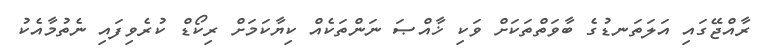
ރާއްޖޭގައި އަލަތަނޑުގެ ބާވަތްތަކަށް ވަކި ޚާއްޞަ ނަންތަކެއް ކިޔާކަމަށް ރިކޯޑް ކުރެވިފައި ނެތުމާއެކު